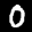
Label: 0